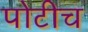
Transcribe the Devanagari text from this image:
पोटीच